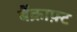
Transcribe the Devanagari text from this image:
बैंक्राफ़्ट